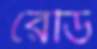
রেডি